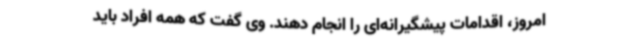
امروز، اقدامات پیشگیرانه‌ای را انجام دهند. وی گفت که همه افراد باید